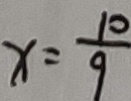
x = \frac { 1 0 } { 9 }